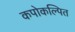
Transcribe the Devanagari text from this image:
कपोकल्पित